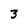
Character: 3